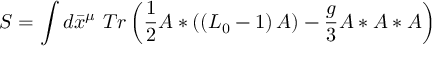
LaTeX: S = \int d \bar { x } ^ { \mu } ~ T r \left( \frac { 1 } { 2 } A \ast \left( \left( L _ { 0 } - 1 \right) A \right) - \frac { g } { 3 } A \ast A \ast A \right)